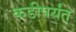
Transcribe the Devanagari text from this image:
कडीपर्यंत